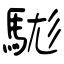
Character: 駹